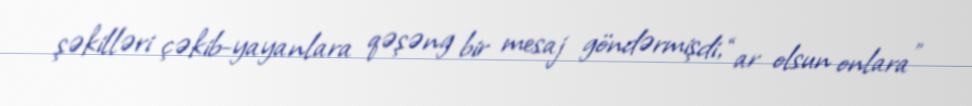
şəkilləri çəkib-yayanlara qəşəng bir mesaj göndərmişdi, “ar olsun onlara”